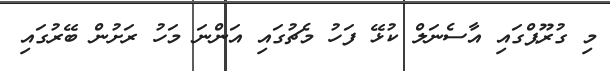
މި ގުރޫޕްގައި އާސެނަލް ކުޅޭ ފަހު މެޗުގައި އަންނަ މަހު ރަށުން ބޭރުގައި